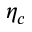
\eta _ { c }